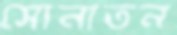
সোনাতন